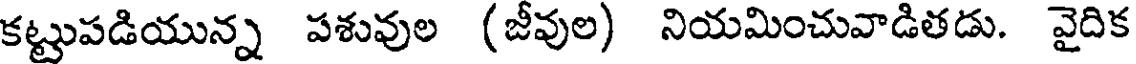
కట్టుపడియున్న పశువుల (జీవుల) నియమించువాడితడు. వైదిక